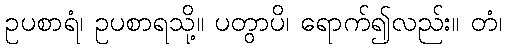
ဥပစာရံ၊ ဥပစာရသို့။ ပတွာပိ၊ ရောက်၍လည်း။ တံ၊